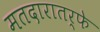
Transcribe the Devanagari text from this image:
मतदारातर्फे